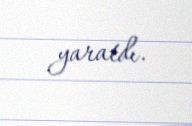
yaratdı.